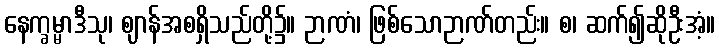
နေက္ခမ္မာဒီသု၊ ဈာန်အစရှိသည်တို့၌။ ဉာဏံ၊ ဖြစ်သောဉာဏ်တည်း။ စ၊ ဆက်၍ဆိုဦးအံ့။